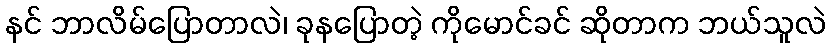
နင် ဘာလိမ်ပြောတာလဲ၊ ခုနပြောတဲ့ ကိုမောင်ခင် ဆိုတာက ဘယ်သူလဲ